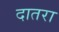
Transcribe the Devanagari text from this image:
दातरा